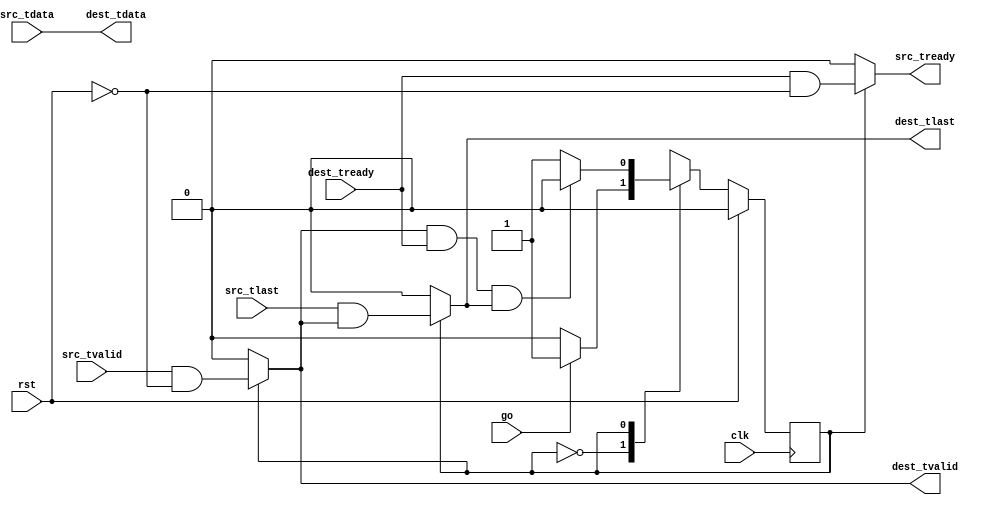
/**
 * @file axistream_wait_until.v
 * @author Trip Richert
 **/

// license at bottom of file

/**
 * @interface axistream_wait_until
 * @brief allows full packet through only after go is raised for a clk cyle
 **/

module axistream_wait_until
  (
   clk,
   rst,

   src_tvalid,
   src_tready,
   src_tdata,
   src_tlast,

   dest_tvalid,
   dest_tready,
   dest_tdata,
   dest_tlast,
   go //! raise to allow full packet of data through
   );

   parameter DATA_WIDTH = 8;
   input clk;
   input rst;
   
   input src_tvalid;
   output src_tready;
   input  [DATA_WIDTH-1:0] src_tdata;
   input  src_tlast;
   output dest_tvalid;
   input dest_tready;
   output [DATA_WIDTH-1:0] dest_tdata;
   output dest_tlast;
   input  go;
   
   localparam SM_WAIT = 0;
   localparam SM_GO = 1;
   
   reg sm;
   
   assign dest_tvalid = (sm == SM_GO) ? src_tvalid && !rst : 1'b0;
   assign src_tready  = (sm == SM_GO) ? dest_tready && !rst : 1'b0;
   assign dest_tlast  = (sm == SM_GO) ? src_tlast && dest_tvalid: 1'b0;
   assign dest_tdata  = src_tdata;

   initial begin
      sm = SM_WAIT;
   end

   always @(posedge clk) begin
      case (sm)
	SM_WAIT: sm <= (go) ? SM_GO : SM_WAIT;
	SM_GO  : sm <= (dest_tvalid && dest_tready && dest_tlast)?SM_WAIT:SM_GO;
      endcase 
      if (rst) begin
	 sm <= SM_WAIT;
      end
   end

endmodule

	 

// Copyright 2021 Trip Richert

// Permission is hereby granted, free of charge, to any person obtaining a copy
// of this software and associated documentation files (the "Software"), 
// to deal in the Software without restriction, including without limitation 
// the rights to use, copy, modify, merge, publish, distribute, sublicense, 
// and/or sell copies of the Software, and to permit persons to whom the 
// Software is furnished to do so, subject to the following conditions:

// The above copyright notice and this permission notice shall be included in 
// all copies or substantial portions of the Software.

// THE SOFTWARE IS PROVIDED "AS IS", WITHOUT WARRANTY OF ANY KIND, EXPRESS OR 
// IMPLIED, INCLUDING BUT NOT LIMITED TO THE WARRANTIES OF MERCHANTABILITY, 
// FITNESS FOR A PARTICULAR PURPOSE AND NONINFRINGEMENT. IN NO EVENT SHALL THE 
// AUTHORS OR COPYRIGHT HOLDERS BE LIABLE FOR ANY CLAIM, DAMAGES OR OTHER 
// LIABILITY, WHETHER IN AN ACTION OF CONTRACT, TORT OR OTHERWISE, ARISING FROM,
// OUT OF OR IN CONNECTION WITH THE SOFTWARE OR THE USE OR OTHER DEALINGS IN 
// THE SOFTWARE.